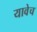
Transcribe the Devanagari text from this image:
यावेच